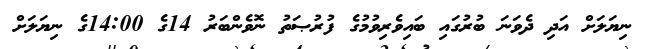
ނިޔަލަށް އަދި ދެވަނަ ބުރުގައި ބައިވެރިވުމުގެ ފުރުޞަތު ނޮވެންބަރު 14ގެ 14:00ގެ ނިޔަލަށް